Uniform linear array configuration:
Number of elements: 24
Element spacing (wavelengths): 1
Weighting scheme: hamming
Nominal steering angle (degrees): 0
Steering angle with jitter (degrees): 1.221
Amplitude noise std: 0.05
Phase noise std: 0.05

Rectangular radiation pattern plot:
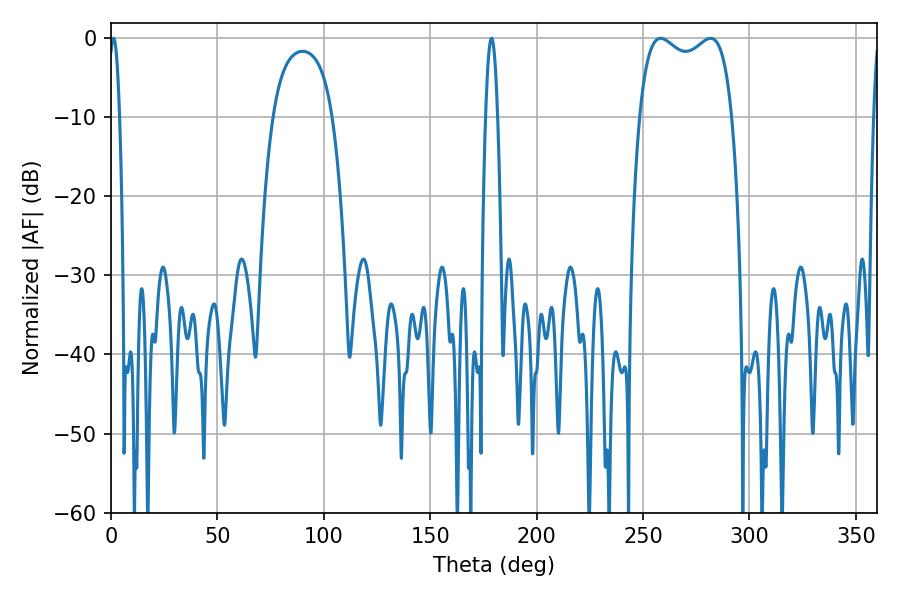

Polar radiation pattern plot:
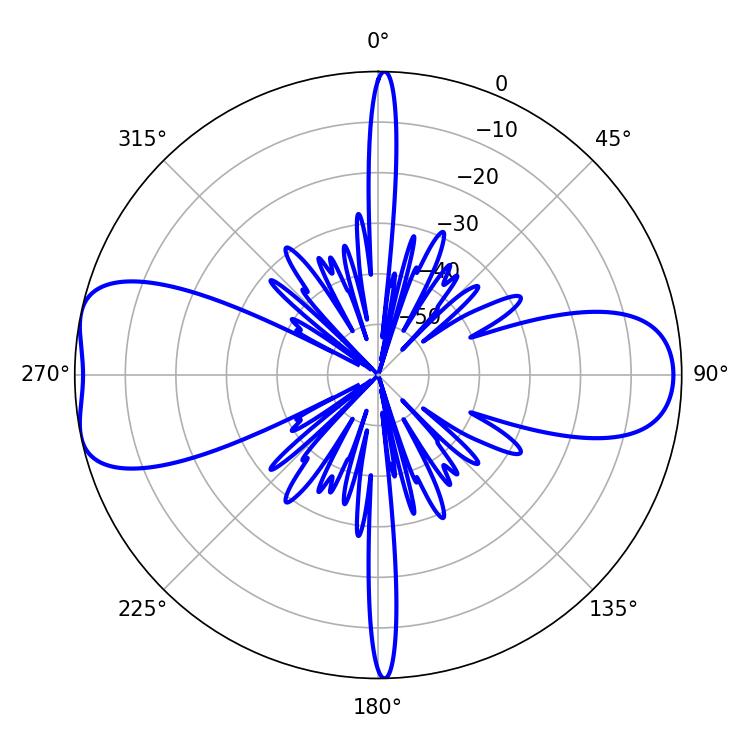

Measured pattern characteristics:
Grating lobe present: TRUE
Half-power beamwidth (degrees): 35.64
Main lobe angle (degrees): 258.3